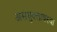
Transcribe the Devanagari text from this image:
असंयुक्तावस्था